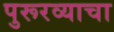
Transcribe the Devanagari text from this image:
पुरूरव्याचा